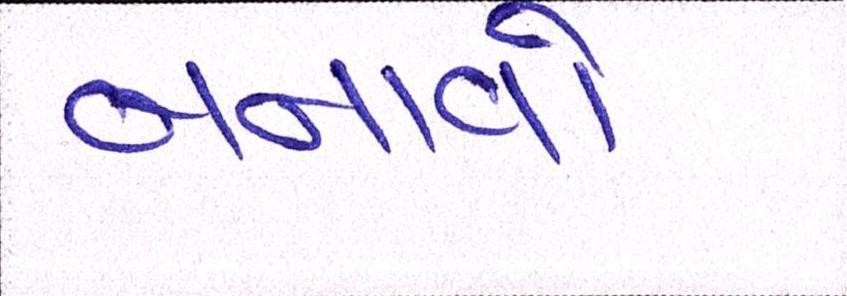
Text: બનાવો